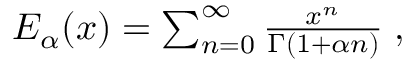
\begin{array} { r } { E _ { \alpha } ( x ) = \sum _ { n = 0 } ^ { \infty } \frac { x ^ { n } } { \Gamma ( 1 + \alpha n ) } \; , } \end{array}